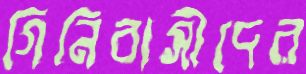
গিনিবাসীদের